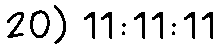
20) 11:11:11